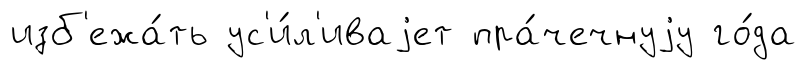
изб'ежа́ть ус'и́л'иваjет пра́чечнуjу го́да